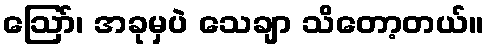
ဩော်၊ အခုမှပဲ သေချာ သိတော့တယ်။